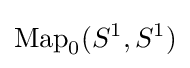
\operatorname {Map} _{0}(S^{1},S^{1})